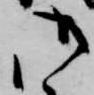
御